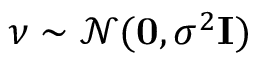
\boldsymbol \nu \sim \mathcal { N } ( \mathbf 0 , \sigma ^ { 2 } \mathbf I )